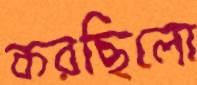
করছিলো